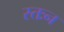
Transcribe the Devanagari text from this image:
स्तःन